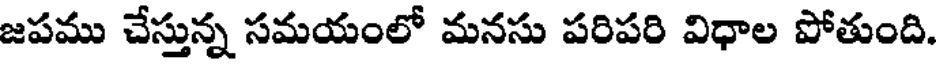
జపము చేస్తున్న సమయంలో మనసు పరిపరి విధాల పోతుంది.